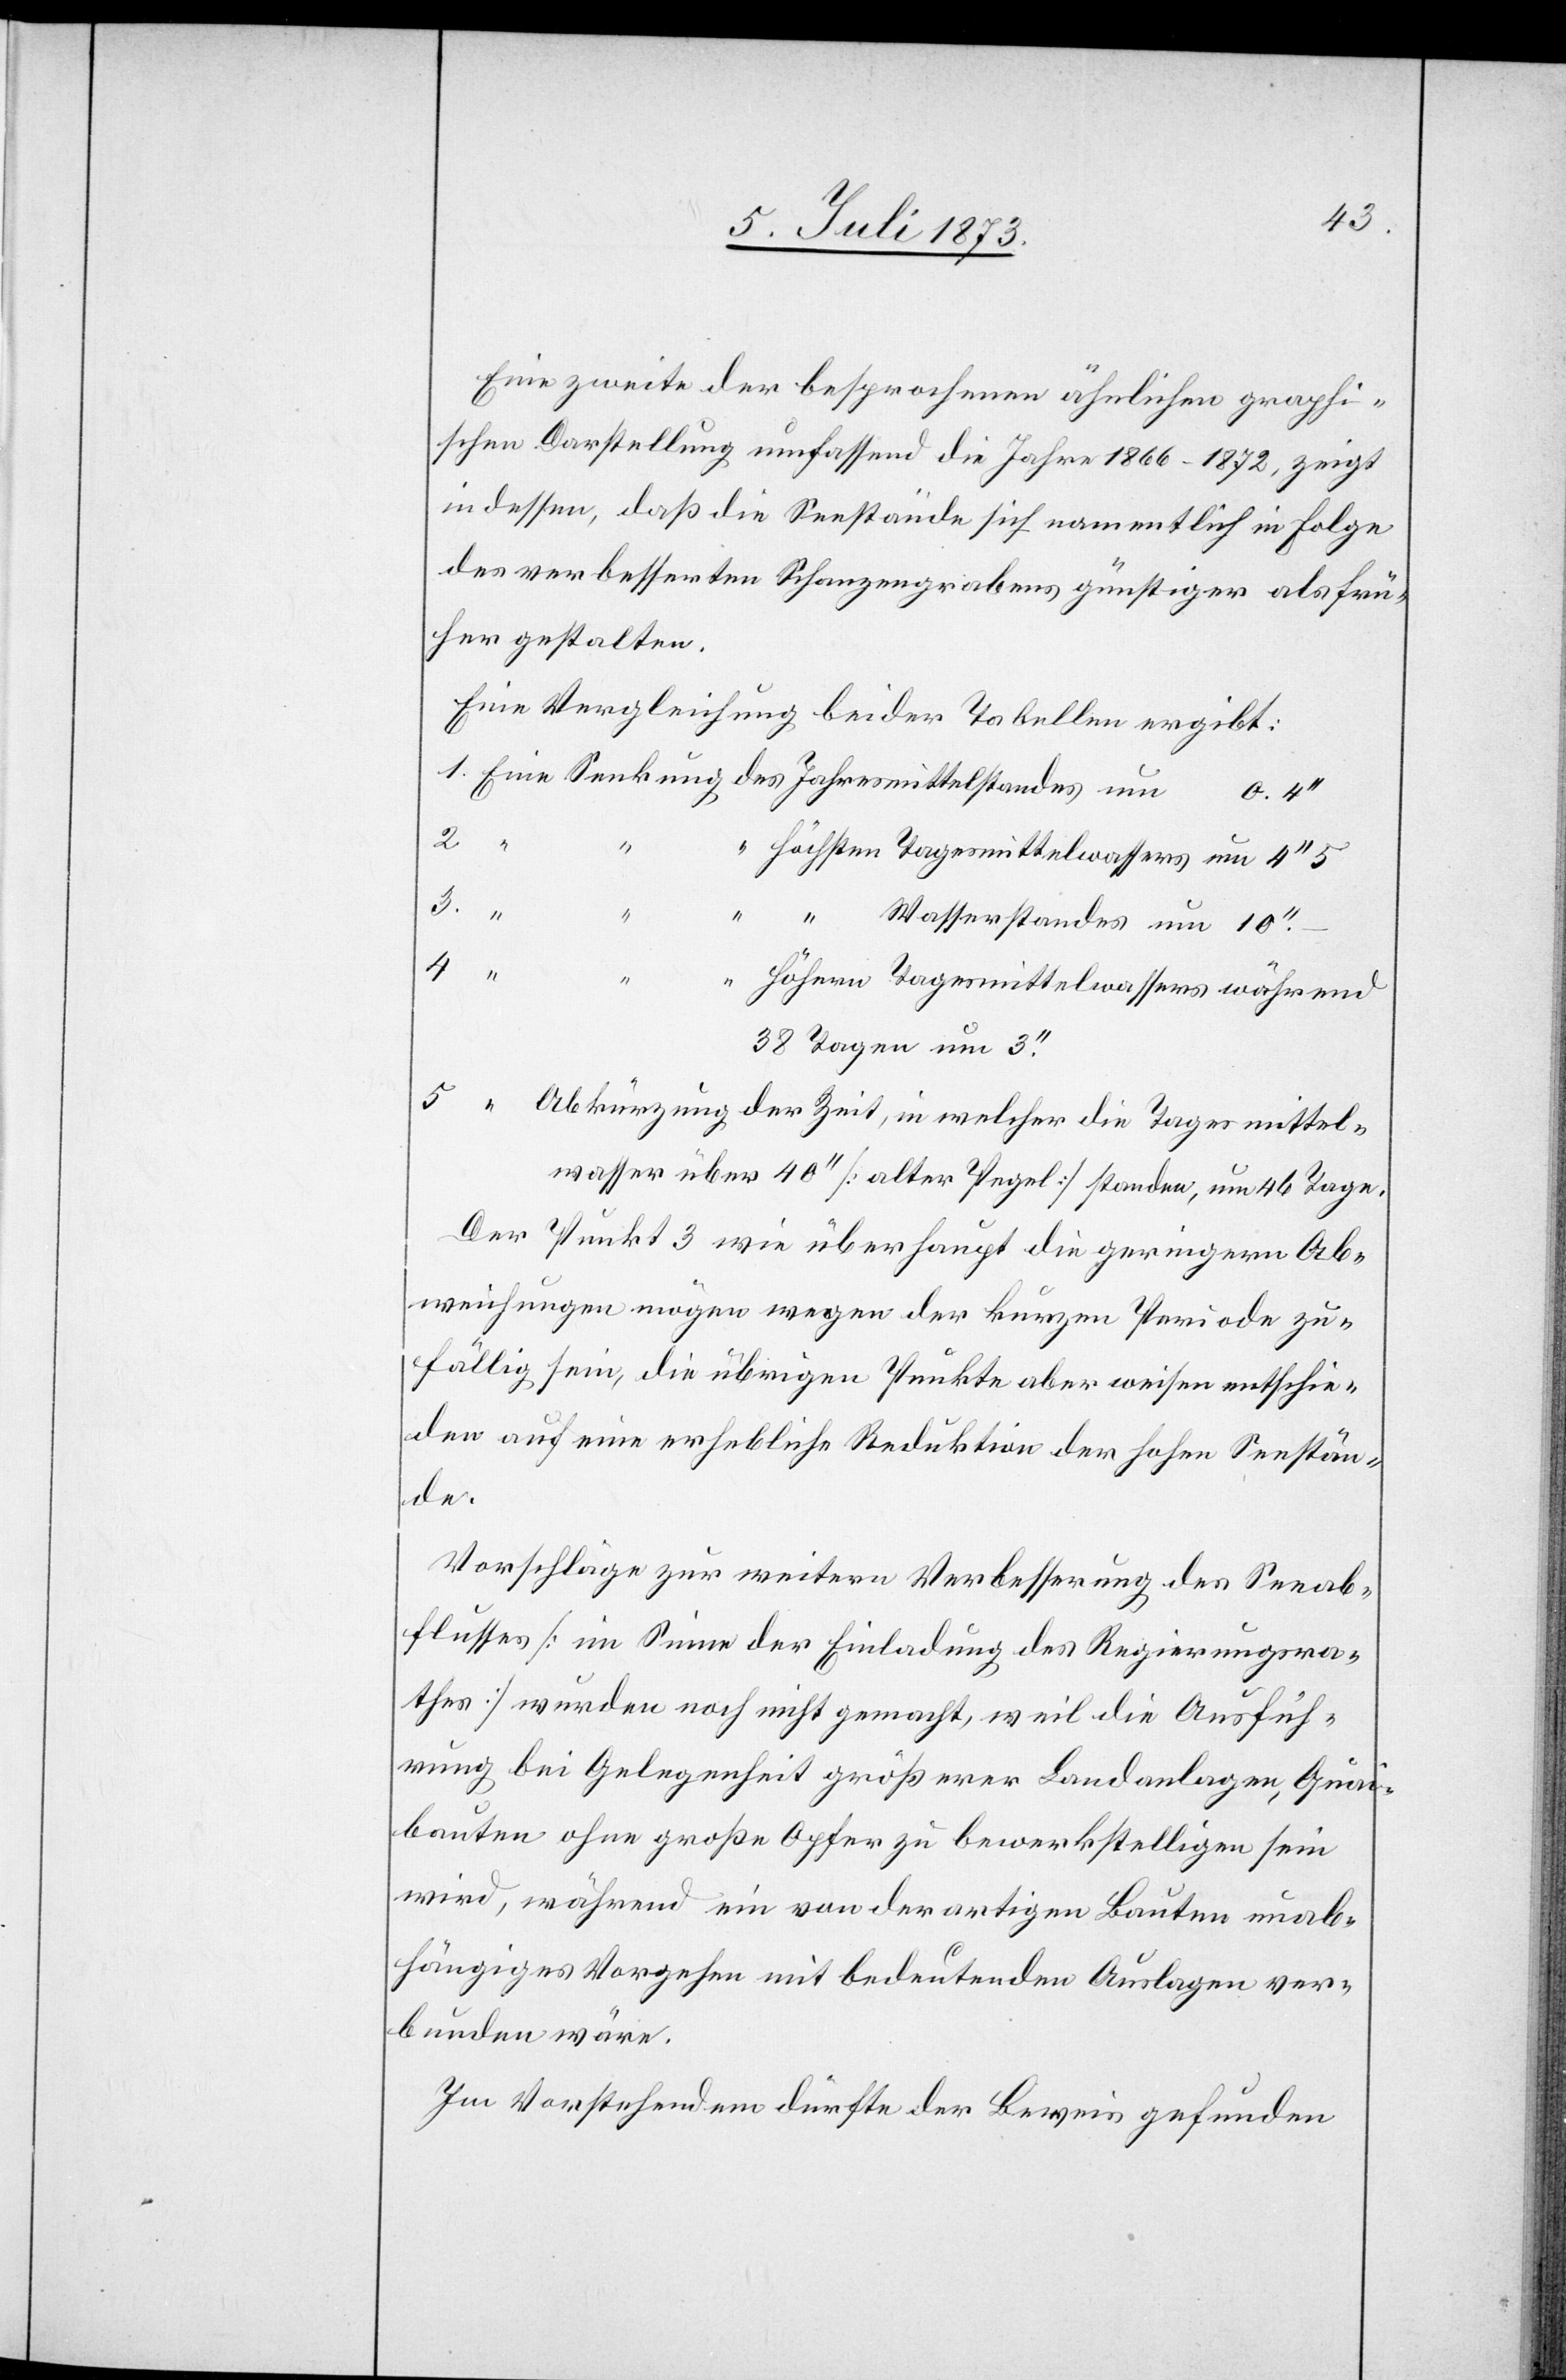
5.
Eine zweite der besprochenen ähnlichen graphi¬
schen Darstellung umfassend die Jahre 1866–1872, zeigt
indessen, daß die Seestände sich namentlich in Folge
des verbesserten Schanzengrabens günstiger als frü¬
her gestalten.
Eine Vergleichung beider Tabellen ergibt:
2.
38 Tagen um
Abkürzung der Zeit, in welcher die Tagesmittel¬
wasser über 40‘‘ [alter Pegel] standen, um 46 Tage.
Der Punkt 3 wie überhaupt die geringern Ab¬
weichungen mögen wegen der kurzen Periode zu¬
fällig sein, die übrigen Punkte aber weisen entschie¬
den auf eine erhebliche Reduktion der hohen Seestän¬
de.
Vorschläge zur weitern Verbesserung des Seeab¬
flusses [im Sinne der Einladung des Regierungsra¬
thes] wurden noch nicht gemacht, weil die Ausfüh¬
rung bei Gelegenheit größerer Landanlagen, Quai¬
bauten ohne große Opfer zu bewerkstelligen sein
wird, während ein von derartigen Bauten unab¬
hängiges Vorgehen mit bedeutenden Auslagen ver¬
bunden wäre.
Im Vorstehendem [sic!] dürfte der Beweis gefunden